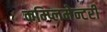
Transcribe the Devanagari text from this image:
कम्प्लिमेन्टरी